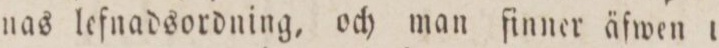
nas lefnadsordning, och man finner äfwen i